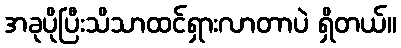
အခုပိုပြီးသိသာထင်ရှားလာတာပဲ ရှိတယ်။